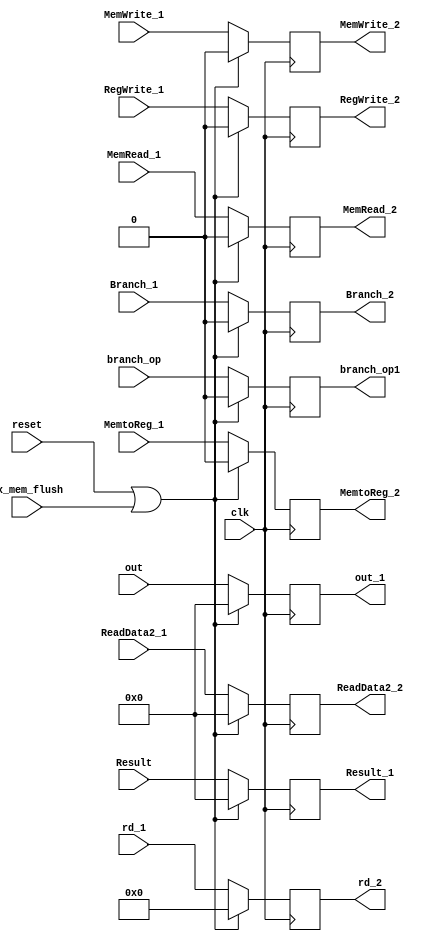
module EX_MEM_reg
(
	input[63:0] out, Result, ReadData2_1,
	input[4:0] rd_1,
	input MemtoReg_1, MemWrite_1, MemRead_1, RegWrite_1, 
	input branch_op, clk, Branch_1, reset, ex_mem_flush,
	output reg[63:0] out_1, Result_1, ReadData2_2,
	output reg[4:0] rd_2,
	output reg MemtoReg_2, MemWrite_2, MemRead_2, 
	output reg RegWrite_2, Branch_2, branch_op1
);

	always @(posedge clk)
	begin 
		if (reset || ex_mem_flush)
			begin
				out_1 <= 64'd0;
				Result_1 <= 64'd0;
				ReadData2_2 <= 64'd0;
				rd_2 <= 5'd0;
				MemtoReg_2 <= 1'b0;
				MemWrite_2 <= 1'b0;
				MemRead_2 <= 1'b0;
				RegWrite_2 <= 1'b0;
				branch_op1 <= 1'b0;
				Branch_2 <= 1'b0;
			end
		
		else
			begin
					
				out_1 <= out;
				Result_1 <= Result;
				ReadData2_2 <= ReadData2_1;
				rd_2 <= rd_1;
				MemtoReg_2 <= MemtoReg_1;
				MemWrite_2 <= MemWrite_1;
				MemRead_2 <= MemRead_1;
				RegWrite_2 <= RegWrite_1;
				branch_op1 <= branch_op;
				Branch_2 <= Branch_1;
			end
	end
	
endmodule